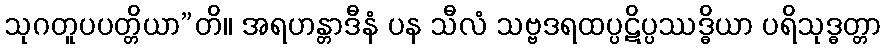
သုဂတူပပတ္တိယာ”တိ။ အရဟန္တာဒီနံ ပန သီလံ သဗ္ဗဒရထပ္ပဋိပ္ပဿဒ္ဓိယာ ပရိသုဒ္ဓတ္တာ